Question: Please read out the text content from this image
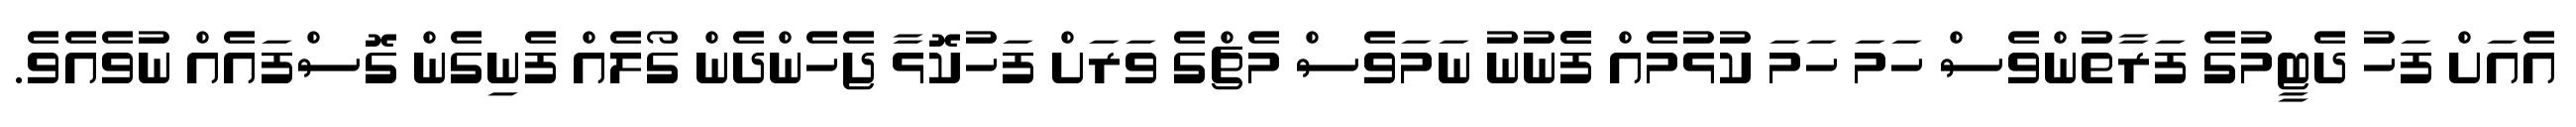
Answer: އެއަށް ފަހު ދެޓީމުގެ ފަރާތުންވެސް ހަމަ ހަމަ ކުޅުމެއް ފެެނުނު ނަމަވެސް މެޗްގެ ވަރަށް ފަހުކޮޅާ ޖެހެންދެން ގޯލެއް ފެނިގެން ގޮސްފައެއް ނުވެއެވެ.